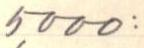
5000: